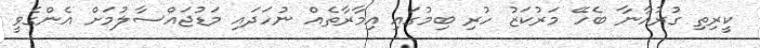
ކީރިތި ގުރުއާނާ ބެހޭ މަރުކަޒު ހުރި ބިމުގައި އިމާރާތެއް ނުހަދައި މަޑުޖައްސާލުމަށް އެންގެވީ